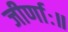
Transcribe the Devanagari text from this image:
जीर्णाः॥